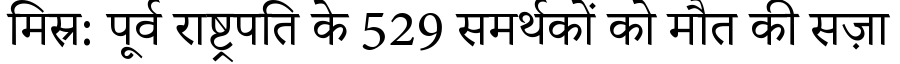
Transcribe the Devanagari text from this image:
मिस्र: पूर्व राष्ट्रपति के 529 समर्थकों को मौत की सज़ा